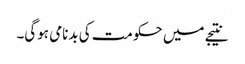
نتیجے میں حکومت کی بدنامی ہوگی۔